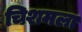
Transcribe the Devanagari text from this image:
चिशमला